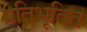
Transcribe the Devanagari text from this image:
प्रतिभूतित